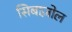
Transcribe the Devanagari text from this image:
सिबाज़ोल